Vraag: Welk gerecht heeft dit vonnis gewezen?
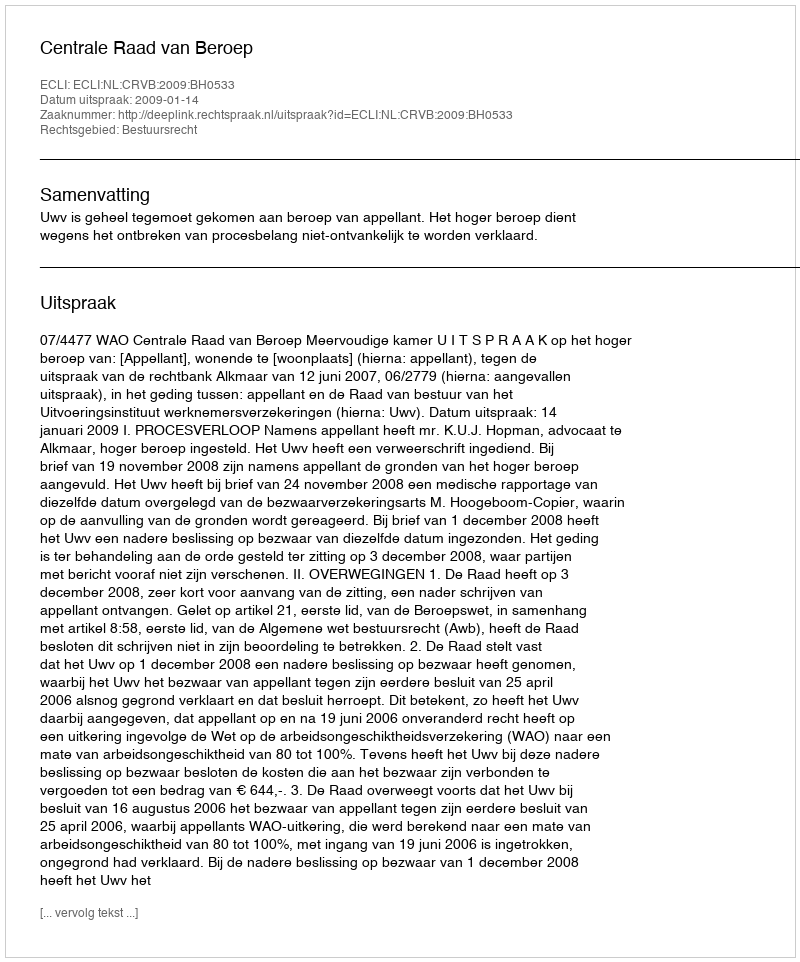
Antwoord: Centrale Raad van Beroep